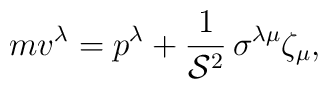
m v^\lambda=p^{\lambda}+\frac{1}{{\cal S}^2}\,\sigma^{\lambda\mu}\zeta_{\mu},